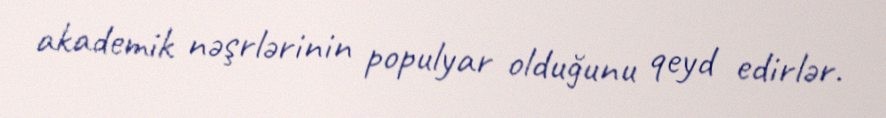
akademik nəşrlərinin populyar olduğunu qeyd edirlər.